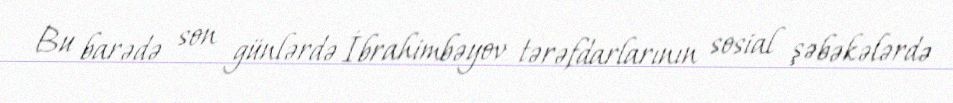
Bu barədə son günlərdə İbrahimbəyov tərəfdarlarının sosial şəbəkələrdə